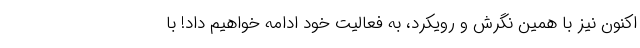
اکنون نیز با همین نگرش و رویکرد، به فعالیت خود ادامه خواهیم داد! با